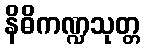
နိဓိကဏ္ဍသုတ္တ